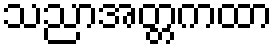
သညာအတ္တကထာ